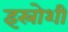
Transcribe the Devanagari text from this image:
इस्रोशी